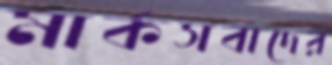
মার্কসবাদের